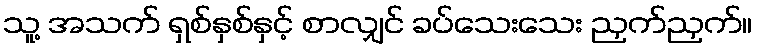
သူ့ အသက် ရှစ်နှစ်နှင့် စာလျှင် ခပ်သေးသေး ညှက်ညှက်။